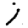
Digit: 1